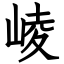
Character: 崚